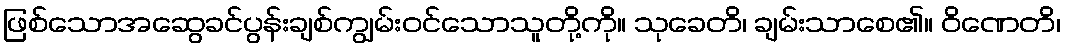
ဖြစ်သောအဆွေခင်ပွန်းချစ်ကျွမ်းဝင်သောသူတို့ကို။ သုခေတိ၊ ချမ်းသာစေ၏။ ဝိဏေတိ၊